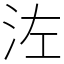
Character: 𣳇